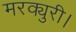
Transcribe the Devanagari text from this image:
मरक्युरी।